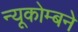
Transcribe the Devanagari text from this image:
न्यूकोम्बने